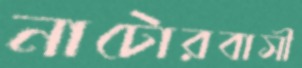
নাটোরবাসী